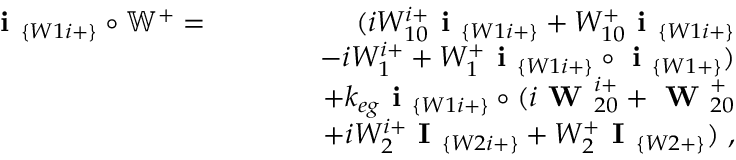
\begin{array} { r l r } { \textbf { i } _ { \{ W 1 i + \} } \circ \mathbb { W } ^ { + } = } & { } & { ( i W _ { 1 0 } ^ { i + } \textbf { i } _ { \{ W 1 i + \} } + W _ { 1 0 } ^ { + } \textbf { i } _ { \{ W 1 i + \} } } \\ & { } & { ~ ~ ~ ~ ~ ~ - i W _ { 1 } ^ { i + } + W _ { 1 } ^ { + } \textbf { i } _ { \{ W 1 i + \} } \circ \textbf { i } _ { \{ W 1 + \} } ) } \\ & { } & { + k _ { e g } \textbf { i } _ { \{ W 1 i + \} } \circ ( i \textbf { W } _ { 2 0 } ^ { i + } + \textbf { W } _ { 2 0 } ^ { + } } \\ & { } & { ~ ~ ~ ~ ~ ~ + i W _ { 2 } ^ { i + } \textbf { I } _ { \{ W 2 i + \} } + W _ { 2 } ^ { + } \textbf { I } _ { \{ W 2 + \} } ) ~ , } \end{array}